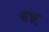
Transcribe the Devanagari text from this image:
येत्स